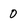
Character: 0